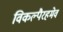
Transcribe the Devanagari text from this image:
विकल्पैरहमेव